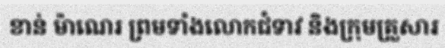
ខាន់ ម៉ាណេរ ព្រមទាំងលោកជំទាវ និងក្រុមគ្រួសារ